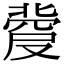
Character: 𠭼